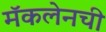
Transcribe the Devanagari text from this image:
मॅकलेनची